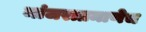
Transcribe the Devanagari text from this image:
मांजराप्रमाणेच